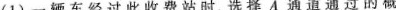
（1）一辆车经过此收费站时，选择A通道通过的概